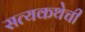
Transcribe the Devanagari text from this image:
सत्यकथेची